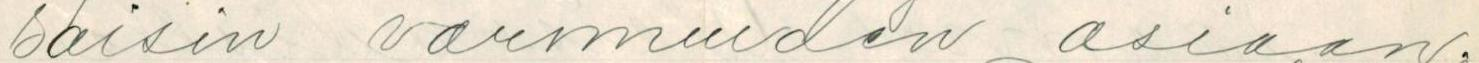
saisin varmuuden asiaan.